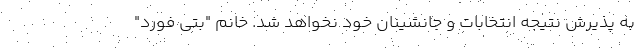
به پذیرش نتیجه انتخابات و جانشینان خود نخواهد شد. خانم "بتی فورد"